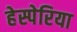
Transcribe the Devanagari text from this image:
हेस्पेरिया